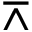
\barwedge